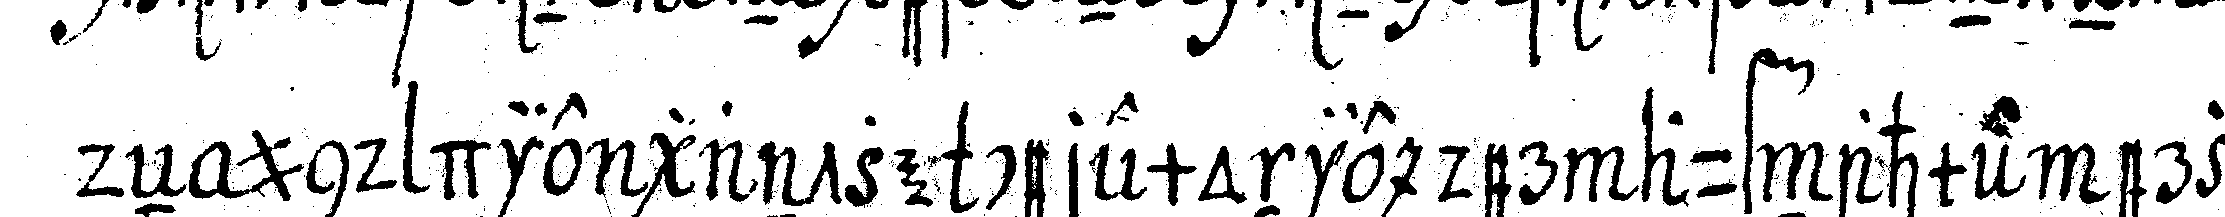
deN und die gantze ceremonie der aufnahme erzeh